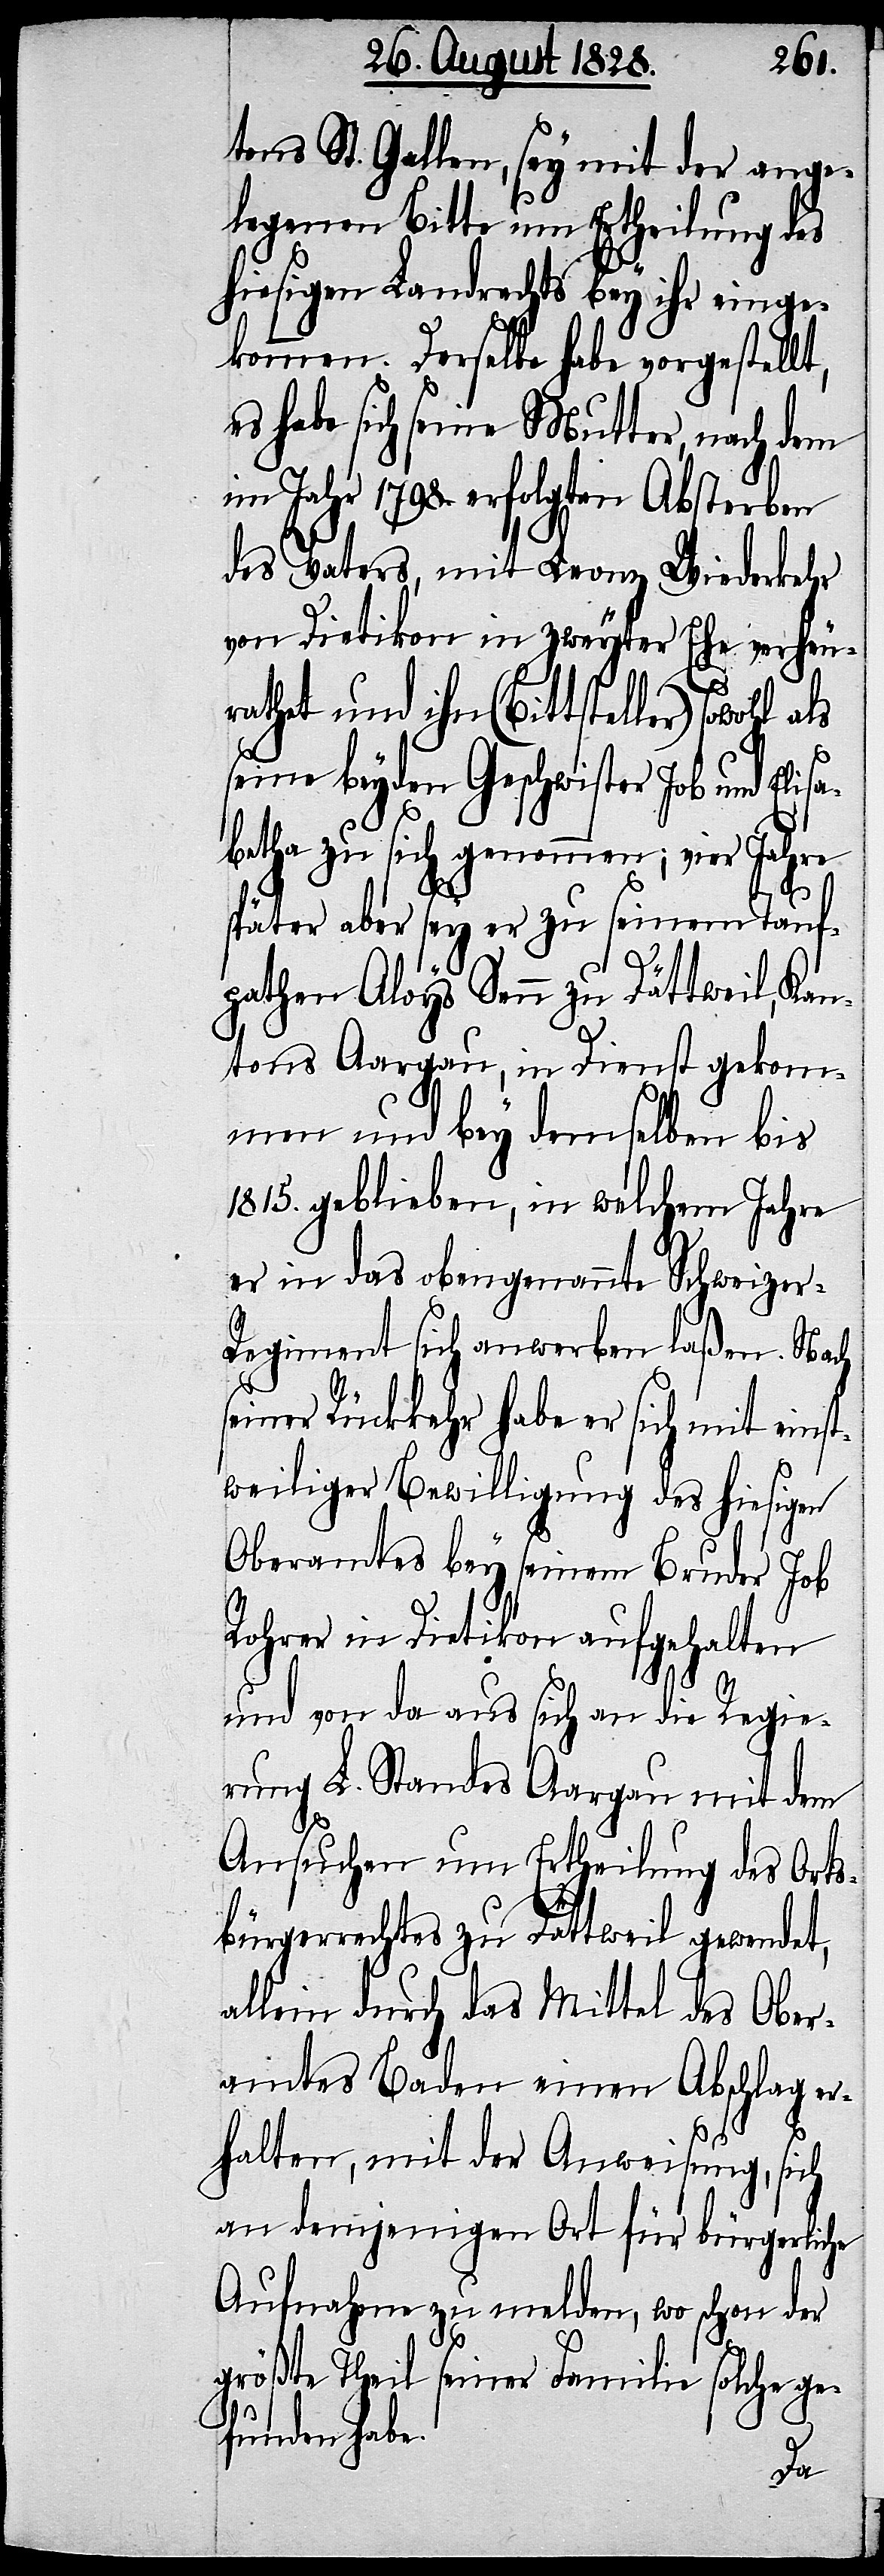
tons St. Gallen, sey mit der ange¬
legenen Bitte um Ertheilung des
hiesigen Landrechts bey ihr einge¬
kommen. Derselbe habe vorgestellt,
es habe sich seine Mutter, nach dem
im Jahr 1798. erfolgten Absterben
des Vaters, mit Franz Wiederkehr
von Dietikon in zweyter Ehe verheu¬
rathet und ihn (Bittsteller) sowohl
seine beyden Geschwister Job und Elis¬
abetha zu sich genommen; vier Jahre
später aber sey er zu seinem Tauf¬
pathen Aloys Senn zu Dättweil, Kan¬
tons Aargau, in Dienst gekom¬
men und bey demselben bis
1815. geblieben, in welchem Jahre
er in das obengenannte Schweizer-R¬
egiment sich anwerben laßen. Nach
seiner Rückkehr habe er sich mit einst¬
weiliger Bewilligung des hiesigen
Oberamtes bey seinem Bruder Job
Rohrer in Dietikon aufgehalten
und von da aus sich an die Regie¬
rung L. Standes Aargau mit dem
Ansuchen um Ertheilung des Orts¬
bürgerrechtes zu Dättweil gewendet,
allein durch das Mittel des Ober¬
amtes Baden einen Abschlag er¬
halten, mit der Anweisung, sich
an demjenigen Ort für bürgerliche
Aufnahme zu melden, wo schon der
größte Theil seiner Familie solche ge¬
funden habe.